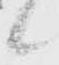
候